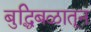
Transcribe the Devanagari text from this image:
बुद्धिबळातून